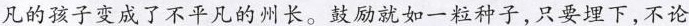
凡的孩子变成了不平凡的州长。鼓励就如一粒种子，只要埋下，不论